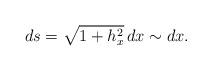
LaTeX: \begin{align*}ds=\sqrt{1+h_x^2}\,dx \sim dx. \end{align*}